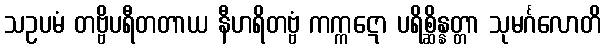
သဥပမံ တဗ္ဗိပရီတတာယ နီဟရိတဗ္ဗံ ကက္ကဋော ပရိစ္ဆိန္နတ္တာ သုမင်္ဂလောတိ